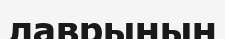
лаврының